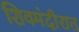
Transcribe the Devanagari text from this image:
शिवमंदीरात